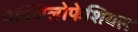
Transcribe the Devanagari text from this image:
मैक्सिलोफेशियल